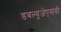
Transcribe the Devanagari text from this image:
डबल्यूजेएसवी